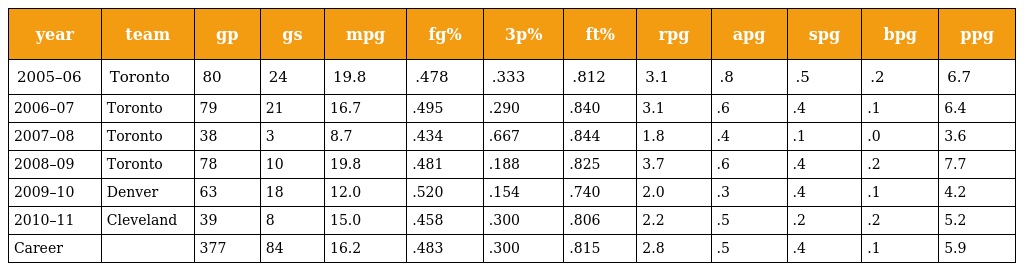
| year | team | gp | gs | mpg | fg% | 3p% | ft% | rpg | apg | spg | bpg | ppg |
 | --- | --- | --- | --- | --- | --- | --- | --- | --- | --- | --- | --- | --- |
 | 2005–06 | Toronto | 80 | 24 | 19.8 | .478 | .333 | .812 | 3.1 | .8 | .5 | .2 | 6.7 |
 | 2006–07 | Toronto | 79 | 21 | 16.7 | .495 | .290 | .840 | 3.1 | .6 | .4 | .1 | 6.4 |
 | 2007–08 | Toronto | 38 | 3 | 8.7 | .434 | .667 | .844 | 1.8 | .4 | .1 | .0 | 3.6 |
 | 2008–09 | Toronto | 78 | 10 | 19.8 | .481 | .188 | .825 | 3.7 | .6 | .4 | .2 | 7.7 |
 | 2009–10 | Denver | 63 | 18 | 12.0 | .520 | .154 | .740 | 2.0 | .3 | .4 | .1 | 4.2 |
 | 2010–11 | Cleveland | 39 | 8 | 15.0 | .458 | .300 | .806 | 2.2 | .5 | .2 | .2 | 5.2 |
 | Career |  | 377 | 84 | 16.2 | .483 | .300 | .815 | 2.8 | .5 | .4 | .1 | 5.9 |